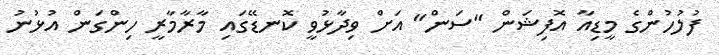
ފުލުހުންގެ މީޑިއާ އޮފިޝަން "ސަން" އަށް ވިދާޅުވީ ކޮނޑޭގައި މާރާމާރީ ހިންގަން އުޅުނު